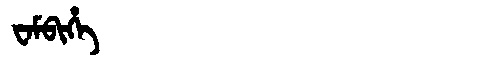
Manchu: ᠸᠠᠮᠪᡳᡥᡝ
Romanization: WAMBIHE